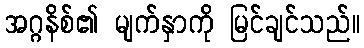
အဂ္ဂနိစ်၏ မျက်နှာကို မြင်ချင်သည်။